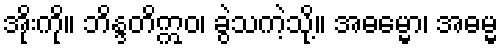
အိုးကို။ ဘိန္ဒတိဣဝ၊ ခွဲသကဲ့သို့။ အဓမ္မော၊ အဓမ္မ